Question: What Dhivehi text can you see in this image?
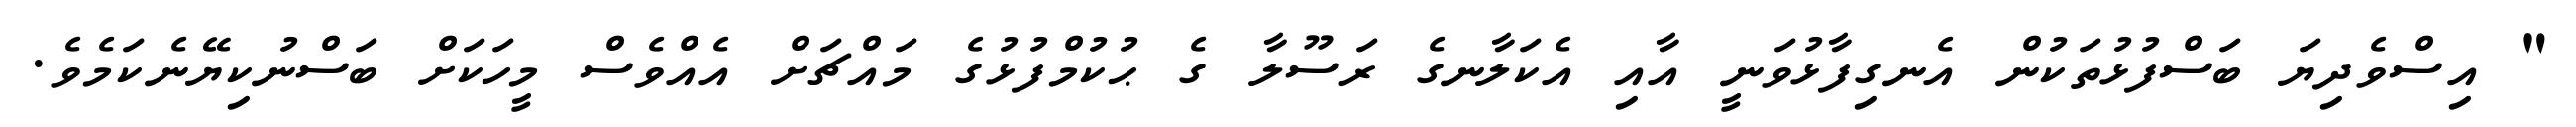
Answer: " އިސްވެދިޔަ ބަސްފުޅުތަކުން އެނގިފާޅުވަނީ އާއި އެކަލާނގެ ރަސޫލާ ގެ ޙުކުމްފުޅުގެ މައްޗަށް އެއްވެސް މީހަކަށް ބަސްނުކިޔޭނެކަމެވެ.